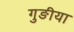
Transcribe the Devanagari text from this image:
गुङीया